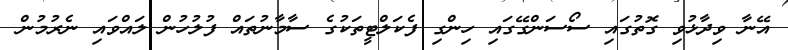
އޭނާ ވިދާޅުވި ގޮތުގައި ސޯސަންގޭގައި ހިންގި ފެކަލްޓީތަކުގެ ސާމާނުތައް ފުލުހުން ލައްވައި ނެރުމުން